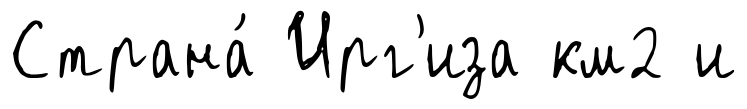
Страна́ Ирг'иза км2 и